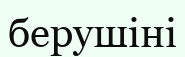
берушіні